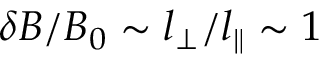
\delta B / B _ { 0 } \sim l _ { \perp } / l _ { \parallel } \sim 1